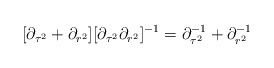
\begin{align*}[\partial_{\tau^{2}} + \partial_{r^{2}}][\partial_{\tau^{2}} \partial_{r^{2}}]^{-1} = \partial_{\tau^{2}}^{-1} + \partial_{r^{2}}^{-1}\end{align*}